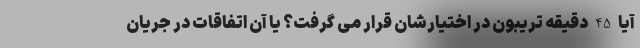
آیا 45 دقیقه تریبون در اختیارشان قرار می گرفت؟ یا آن اتفاقات در جریان